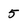
Character: 5